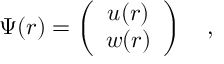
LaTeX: \Psi ( r ) = \left( \begin{array} { c } { { u ( r ) } } \\ { { w ( r ) } } \end{array} \right) \ \ \ ,